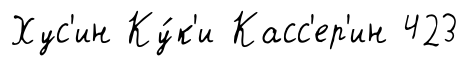
Хус'ин Ку́к'и Касс'ер'ин 423